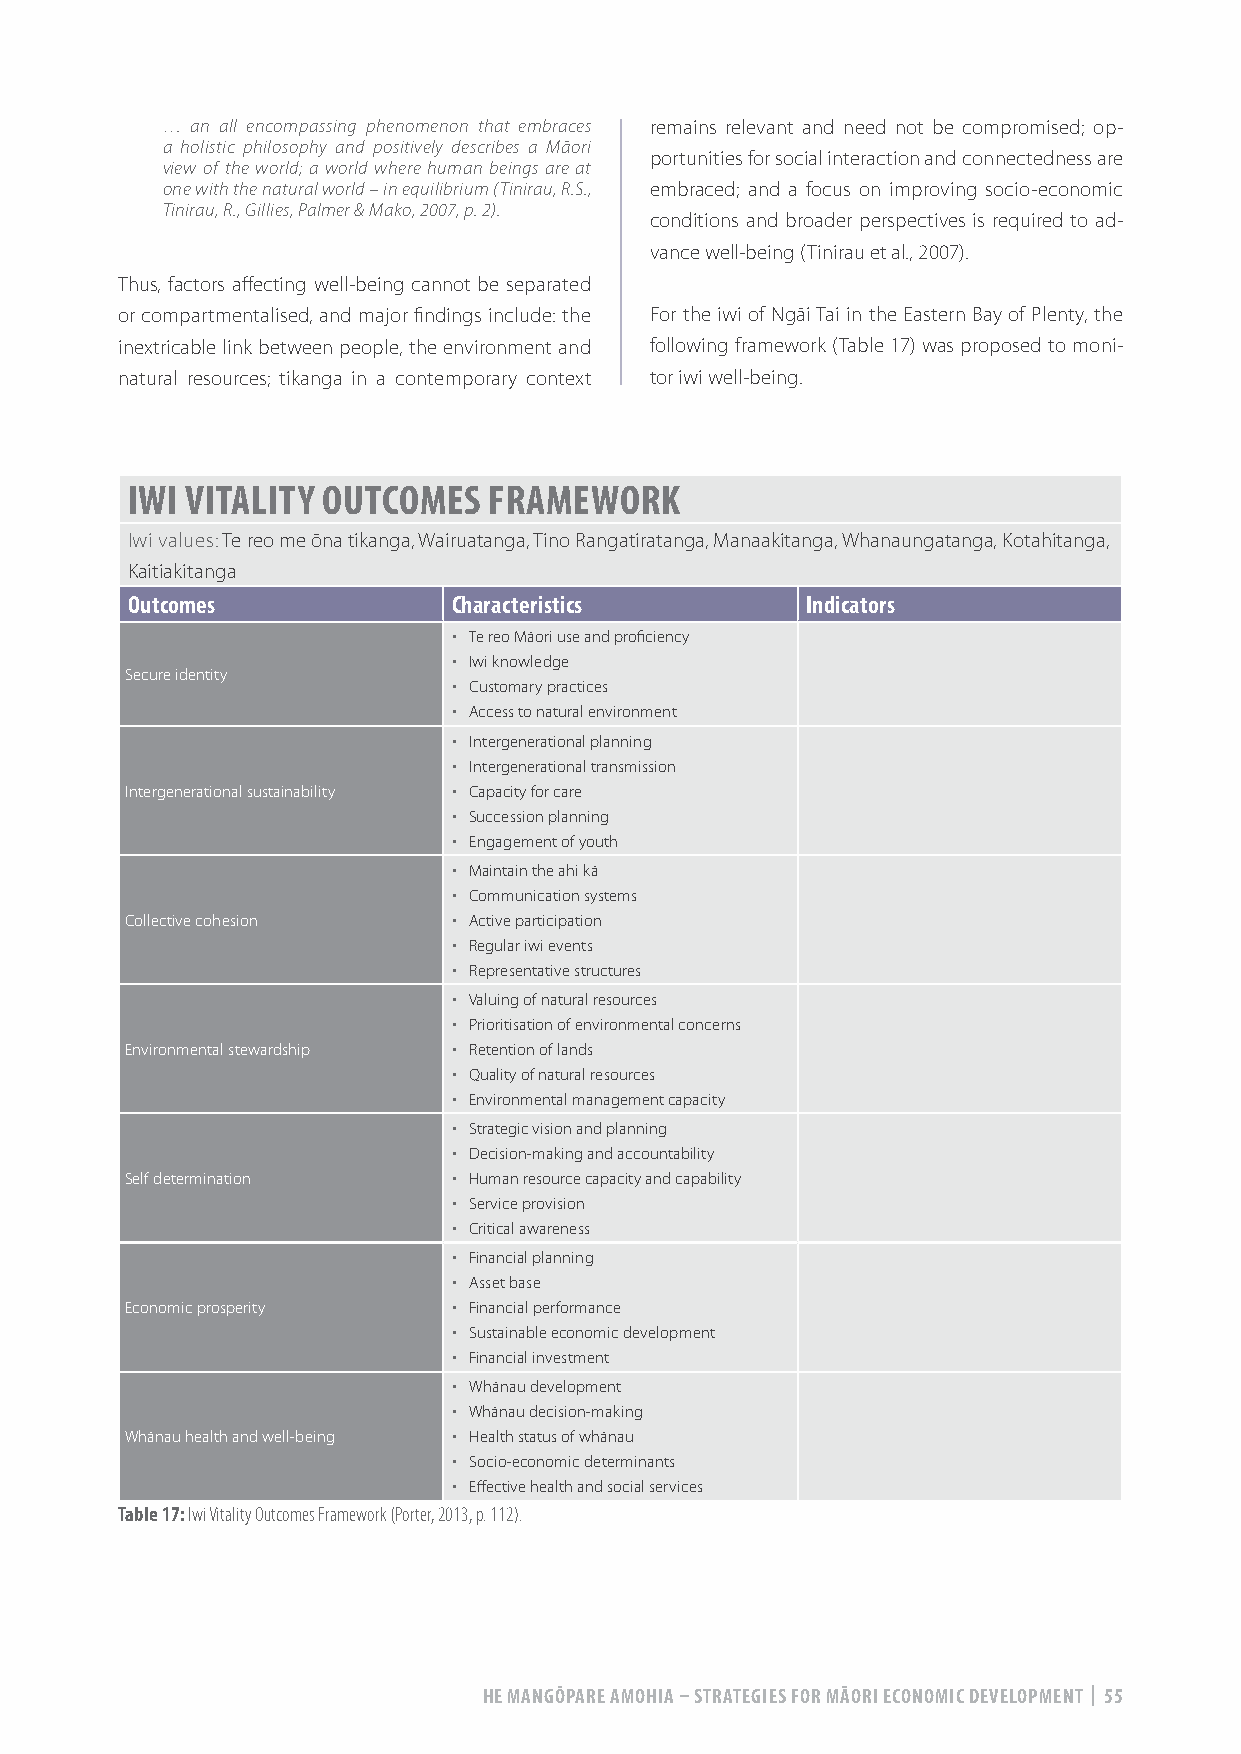
… an all encompassing phenomenon that embraces remains relevant and need not be compromised; op-
 a holistic philosophy and positively describes a Māori
 portunities for social interaction and connectedness are
 view of the world; a world where human beings are at
 one with the natural world – in equilibrium (Tinirau, R.S., embraced; and a focus on improving socio-economic
 Tinirau, R., Gillies, Palmer & Mako, 2007, p. 2).
 conditions and broader perspectives is required to ad-
 vance well-being (Tinirau et al., 2007).
 Thus, factors affecting well-being cannot be separated
 or compartmentalised, and major findings include: the For the iwi of Ngāi Tai in the Eastern Bay of Plenty, the
 inextricable link between people, the environment and following framework (Table 17) was proposed to moni-
 natural resources; tikanga in a contemporary context tor iwi well-being.
 IWI VITALITY OUTCOMES   FRAMEWORK
 Iwi values: Te reo me ōna tikanga, Wairuatanga, Tino Rangatiratanga, Manaakitanga, Whanaungatanga, Kotahitanga,
 Kaitiakitanga
 Outcomes              Characteristics        Indicators
 • Te reo Māori use and proficiency
 • Iwi knowledge
 Secure identity
 • Customary practices
 • Access to natural environment
 • Intergenerational planning
 • Intergenerational transmission
 Intergenerational sustainability • Capacity for care
 • Succession planning
 • Engagement of youth
 • Maintain the ahi kā
 • Communication systems
 Collective cohesion   • Active participation
 • Regular iwi events
 • Representative structures
 • Valuing of natural resources
 • Prioritisation of environmental concerns
 Environmental stewardship • Retention of lands
 • Quality of natural resources
 • Environmental management capacity
 • Strategic vision and planning
 • Decision-making and accountability
 Self determination    • Human resource capacity and capability
 • Service provision
 • Critical awareness
 • Financial planning
 • Asset base
 Economic prosperity   • Financial performance
 • Sustainable economic development
 • Financial investment
 • Whānau development
 • Whānau decision-making
 Whānau health and well-being • Health status of whānau
 • Socio-economic determinants
 • Effective health and social services
 Table 17: Iwi Vitality Outcomes Framework (Porter, 2013, p. 112).
 HE MANGŌPARE AMOHIA – STRATEGIES FOR MĀORI ECONOMIC DEVELOPMENT | 55